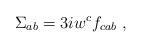
LaTeX: \begin{align*}\Sigma_{ab} = 3 i w^{c}f_{cab}\ ,\end{align*}